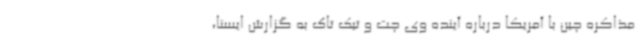
مذاکره چین با آمریکا درباره آینده وی چت و تیک تاک به گزارش ایسنا،